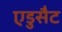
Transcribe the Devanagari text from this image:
एडुसैट